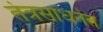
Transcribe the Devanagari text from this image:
तंत्रसाधनेत